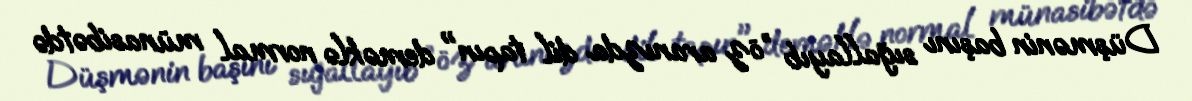
Düşmənin başını sığallayıb ”öz aranızda dil tapın" deməklə normal münasibətdə